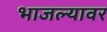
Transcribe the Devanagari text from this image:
भाजल्यावर